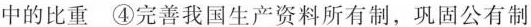
中的比重④完善我国生产资料所有制，巩固公有制